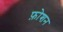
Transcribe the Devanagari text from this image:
फ़ोशन